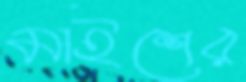
মাইশের